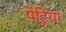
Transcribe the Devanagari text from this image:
पेट्रिया